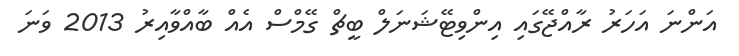
އަންނަ އަހަރު ރާއްޖޭގައި އިންވިޓޭޝަނަލް ބީޗް ގޭމްސް އެއް ބާއްވާއިރު 2013 ވަނަ